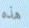
هذه